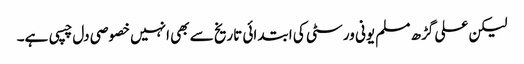
لیکن علی گڑھ مسلم یونی ورسٹی کی ابتدائی تاریخ سے بھی انہیں خصوصی دل چسپی ہے۔